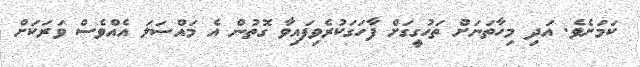
ކަމަށެވެ. އަދި މިހާތަނަށް ތަހުގީގަށް ފާހަގަކުރެވިފައިވާ ގޮތުން އެ މައްސަލަ އެއްވެސް ވަރަކަށް